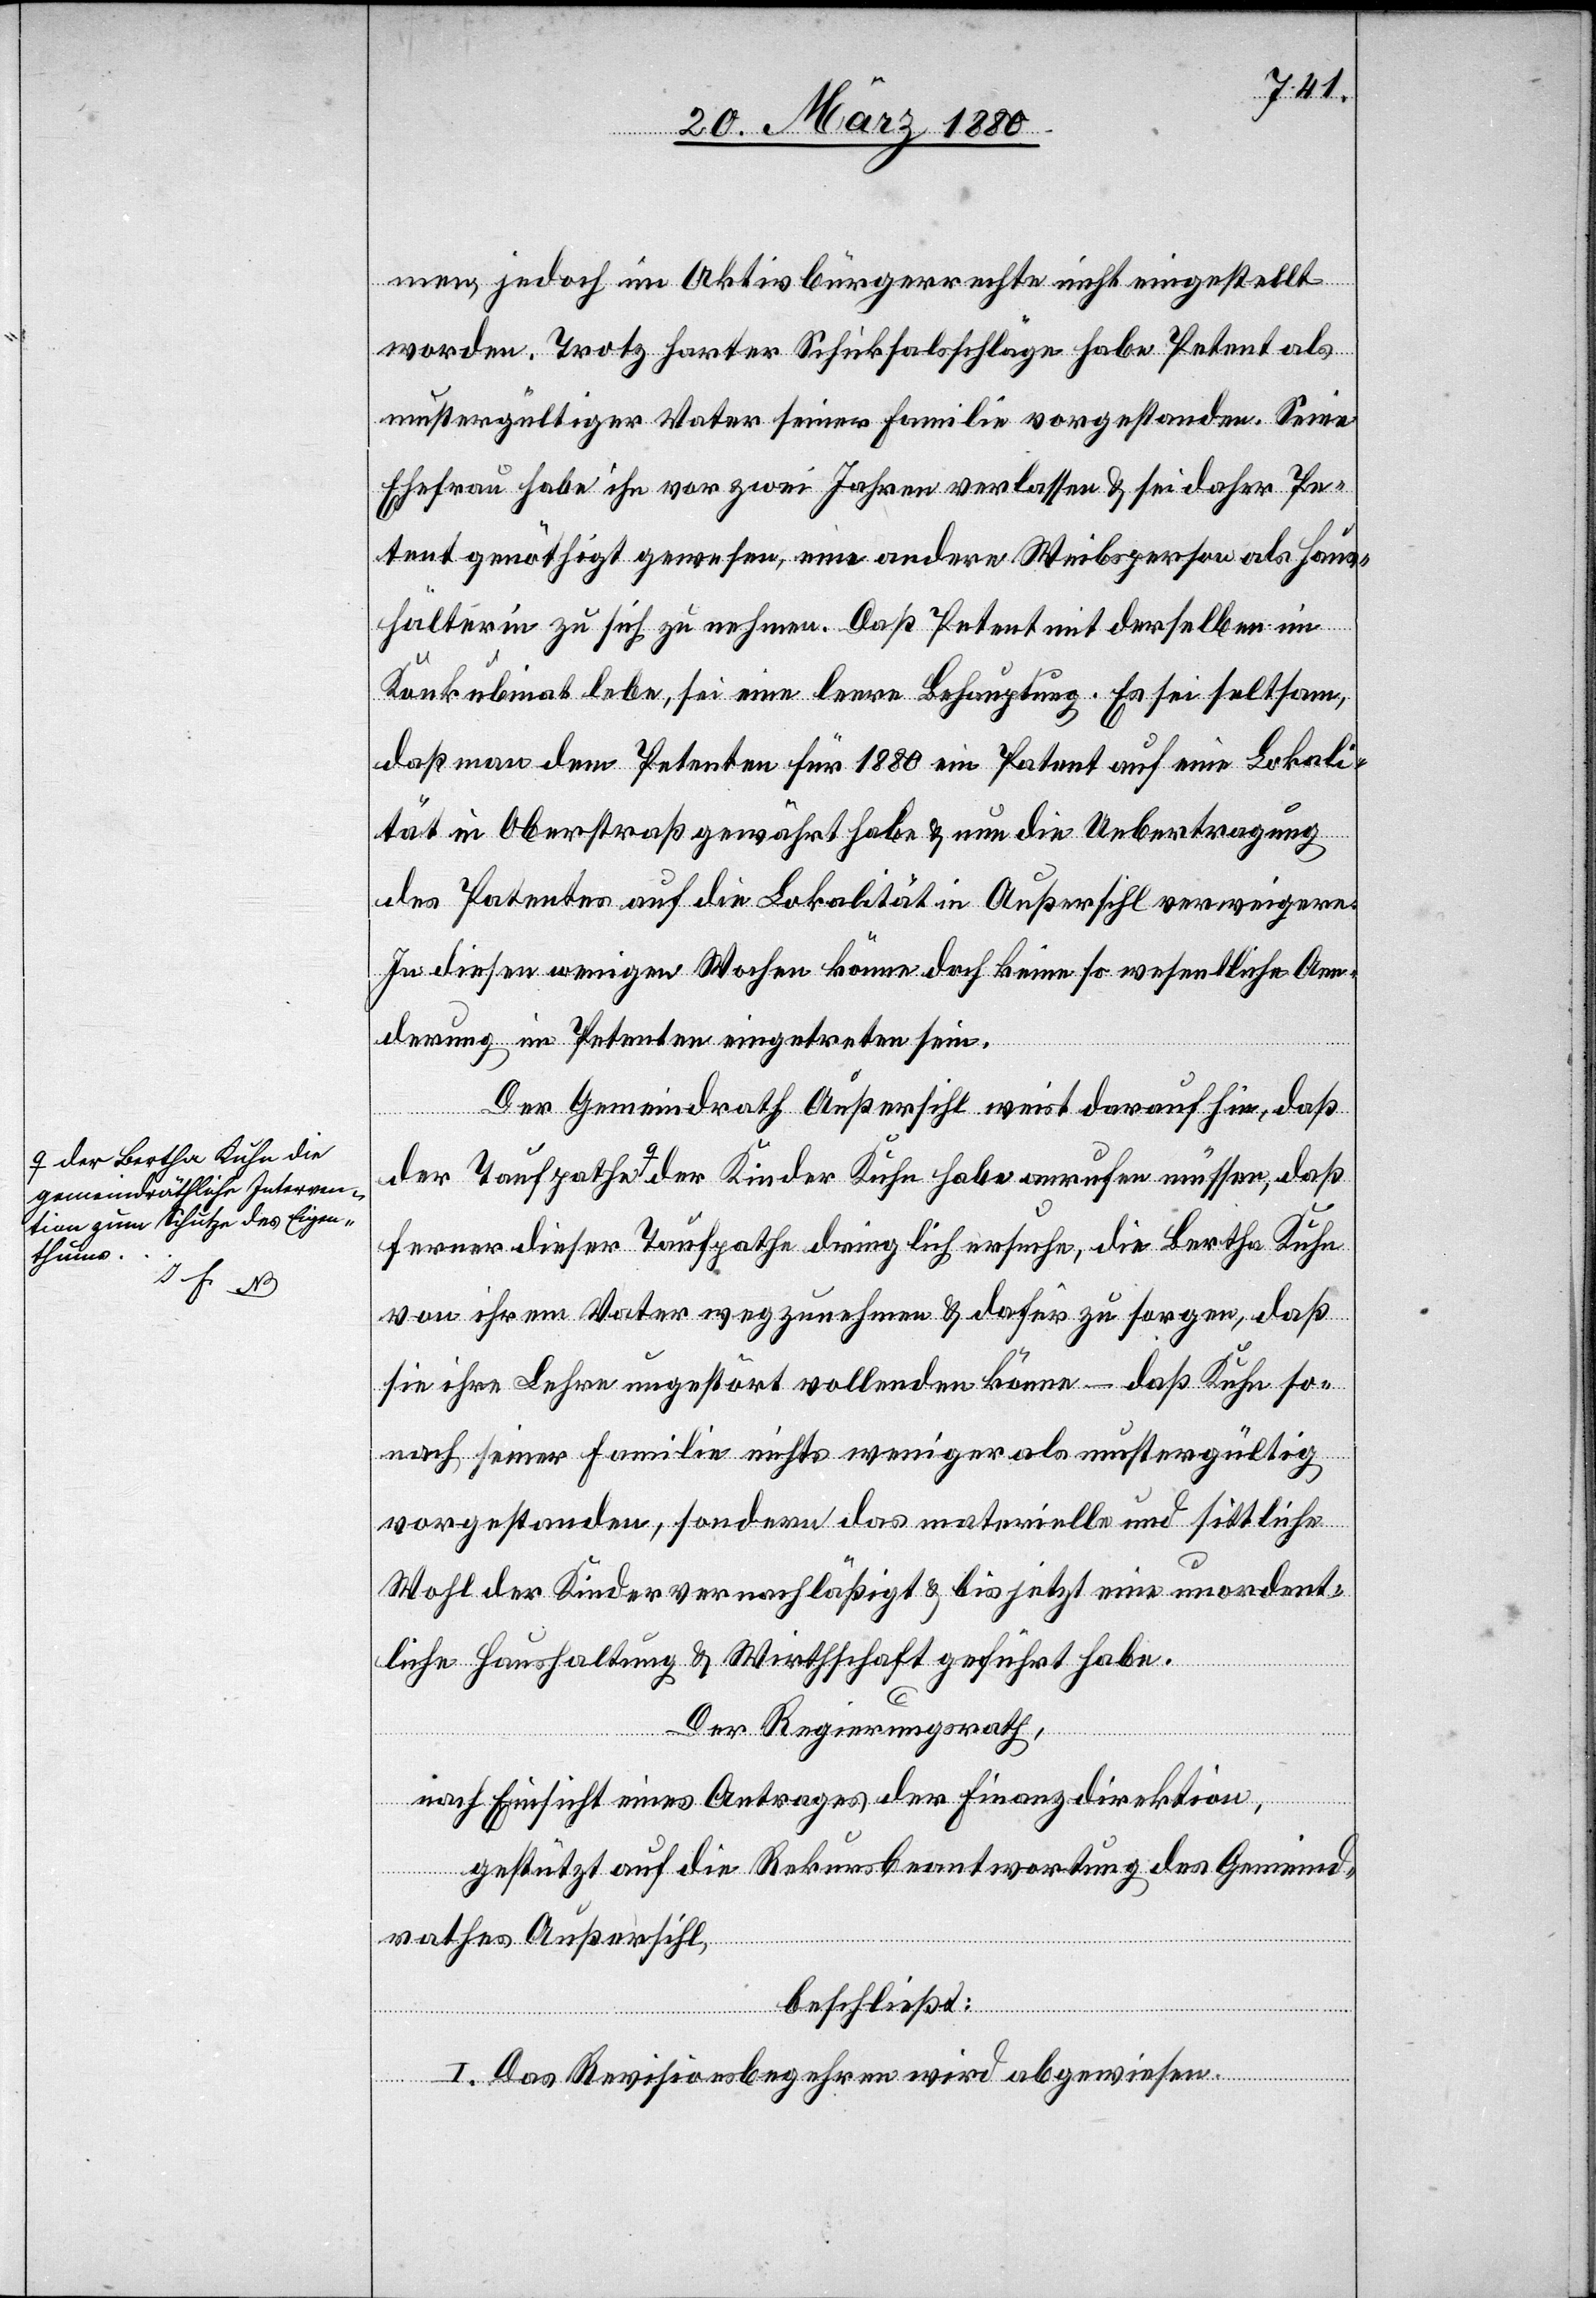
a-der Bertha Kuhn die
gemeindräthliche Interven¬
tion zum Schutze des Eigen¬
müssen,

men, jedoch im Aktivbürgerrechte nicht eingestellt
worden. Trotz harter Schicksalsschläge habe Petent als
mustergültiger Vater seiner Familie vorgestanden. Seine
Ehefrau habe ihn vor zwei Jahren verlassen & sei daher Pe¬
tent genöthigt gewesen, eine andere Weibsperson als Haus¬
hälterin zu sich zu nehmen. Daß Petent mit derselben im
Konkubinat lebe, sei eine leere Behauptung. Es sei seltsam,
daß man dem Petenten für 1880 ein Patent auf eine Lokali¬
tät in Oberstraß gewährt habe & nun die Uebertragung
des Patentes auf die Lokalität in Außersihl verweigere.
In diesen wenigen Wochen könne doch keine so wesentliche Aen¬
derung im Petenten eignetreten sein.
Der Gemeindrath Außersihl weist darauf hin, daß
ferner dieser Taufpathe dringlich ersuche, die Bertha Kuhn
von ihrem Vater wegzunehmen & dafür zu sorgen, daß
sie ihre Lehre ungestört vollenden könne – daß Kuhn so¬
nach seiner Familie nichts weniger als mustergültig
vorgestanden, sondern das materielle und sittliche
Wohl der Kinder vernachläßigt & bis jetzt eine unordent¬
liche Haushaltung & Wirthschaft geführt habe.
Der Regierungsrath;
nach Einsicht eines Antrages der Finanzdirektion,
gestützt auf die Rekursbeantwortung des Gemeind¬
rathes Außersihl,
beschließt:
I. Das Revisionsbegehren wird abgewiesen.

daß